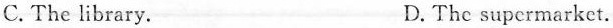
C.The library. D.The supermarket.